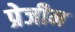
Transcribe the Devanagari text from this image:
प्रेजीन